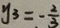
y _ { 3 } = - \frac { 2 } { 3 }